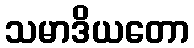
သမာဒိယတော